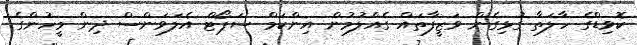
ކޮވިޑްގެ ހާލަތާ ގުޅިގެން ވަޒީފާތައް ގެއްލުމުން އިންކަމް ސަޕޯޓް އެލަވަންސް ދިން މީހުންގެ